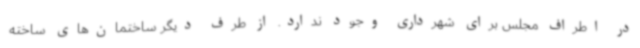
در اطراف مجلس برای شهرداری وجود ندارد. از طرف دیگر ساختمان‌های ساخته